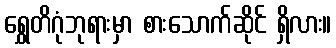
ရွှေတိဂုံဘုရားမှာ စားသောက်ဆိုင် ရှိလား။